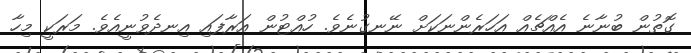
ގޮތުން ބުނާނެ އެއްޗެއް އަހަރެންނަކަށް ނޭނގުނެވެ. ހުއްޓުން އަރާފައި އިނދެވުނީއެވެ. މަރަކީ މިހާ